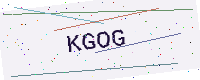
Text: KGOG